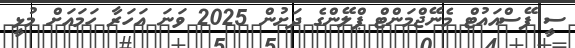
ސީ ފޭސްއައުޓް މެނޭޖްމަންޓް ޕްލޭންގެ ދަށުން 2025 ވަނަ އަހަރާ ހަމައަށް މުޅީ